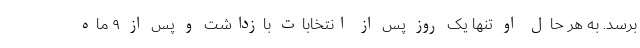
برسد. به هر حال او تنها یک روز پس از انتخابات بازداشت و پس از ۹ ماه